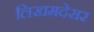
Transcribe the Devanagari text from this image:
लिखमदेसर